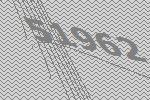
51962